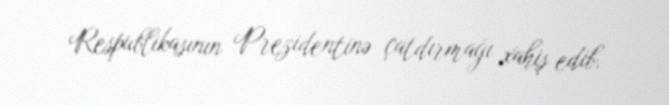
Respublikasının Prezidentinə çatdırmağı xahiş edib.